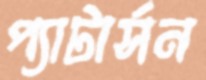
প্যাটার্সন